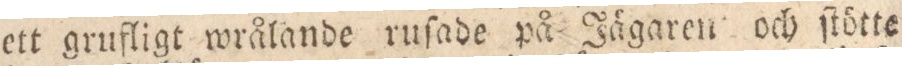
ett grufligt wrålande ruſade på Jägaren och ſtötte